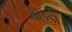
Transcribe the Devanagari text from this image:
बछ्ड़ों